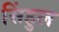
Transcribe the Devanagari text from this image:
सिंहुल